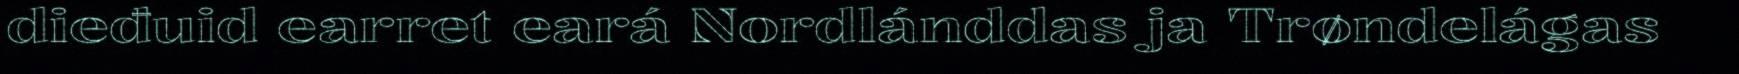
dieđuid earret eará Nordlánddas ja Trøndelágas